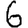
Digit: 6